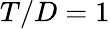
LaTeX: T/D=1